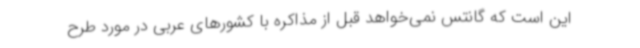
این است که گانتس نمی‌خواهد قبل از مذاکره با کشورهای عربی در مورد طرح